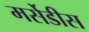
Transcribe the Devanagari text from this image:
मर्सेडीस